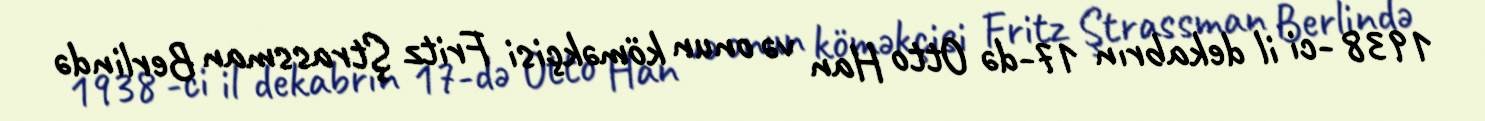
1938 -ci il dekabrın 17-də Otto Han və onun köməkçisi Fritz Ştrassman Berlində